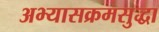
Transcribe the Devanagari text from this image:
अभ्यासक्रमसुद्धा